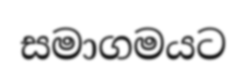
සමාගමයට